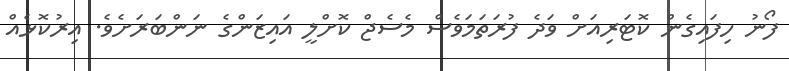
ފޯނު ހިފައިގެން ކޮޓަރިއަށް ވަދެ ފުރަތަމަވެސް މެސެޖް ކޮށްލީ އައިޒަންގެ ނަންބަރަށެވެ. އިރުކޮޅެއް